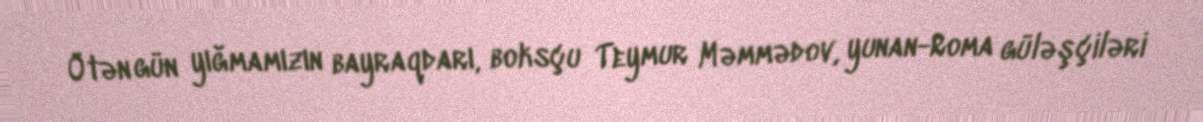
Ötən gün yığmamızın bayraqdarı, boksçu Teymur Məmmədov, yunan-Roma güləşçiləri